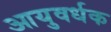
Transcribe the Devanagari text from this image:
आयुवर्धक